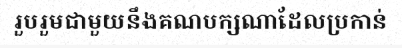
រួបរួមជាមួយនឹងគណបក្សណាដែលប្រកាន់